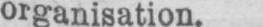
organisation.